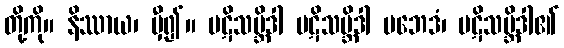
တို့ကို။ နိဿာယ၊ မှီ၍။ ပဋိသမ္ဘိဒါ ပဋိသမ္ဘိဒါ ပဘေဒံ၊ ပဋိသမ္ဘိဒါ၏